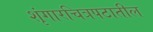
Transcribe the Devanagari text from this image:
शृंगारचित्रपटातील